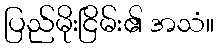
ပြည်မိုးငြိမ်း၏ အသံ။